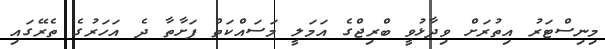
މިނިސްޓަރު އިތުރަށް ވިދާޅުވީ ބްރިޖްގެ އަމަލީ މަސައްކަތް ފަށާތާ ދެ އަހަރުގެ ތެރޭގައި